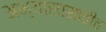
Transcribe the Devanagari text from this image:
अभ्यासासाठीच